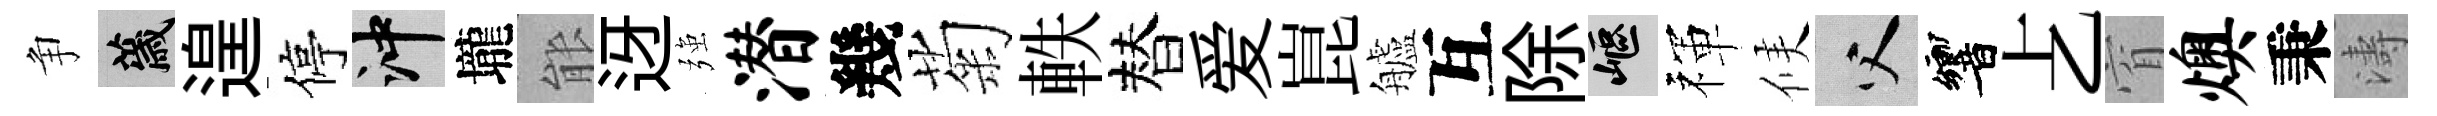
争薉遑停冲壠䏻迓强潜幾菊軼替爱崑艫互除嶇禈候父響𠧒窅燠秉濤